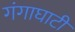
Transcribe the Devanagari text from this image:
गंगाघाटी